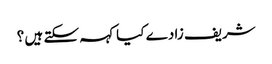
شریف زادے کیا کہہ سکتے ہیں ؟